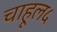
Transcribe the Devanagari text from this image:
चाहूल५